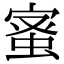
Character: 𮔉